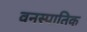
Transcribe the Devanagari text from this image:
वनस्पातिक